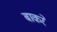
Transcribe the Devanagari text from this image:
बाकरे